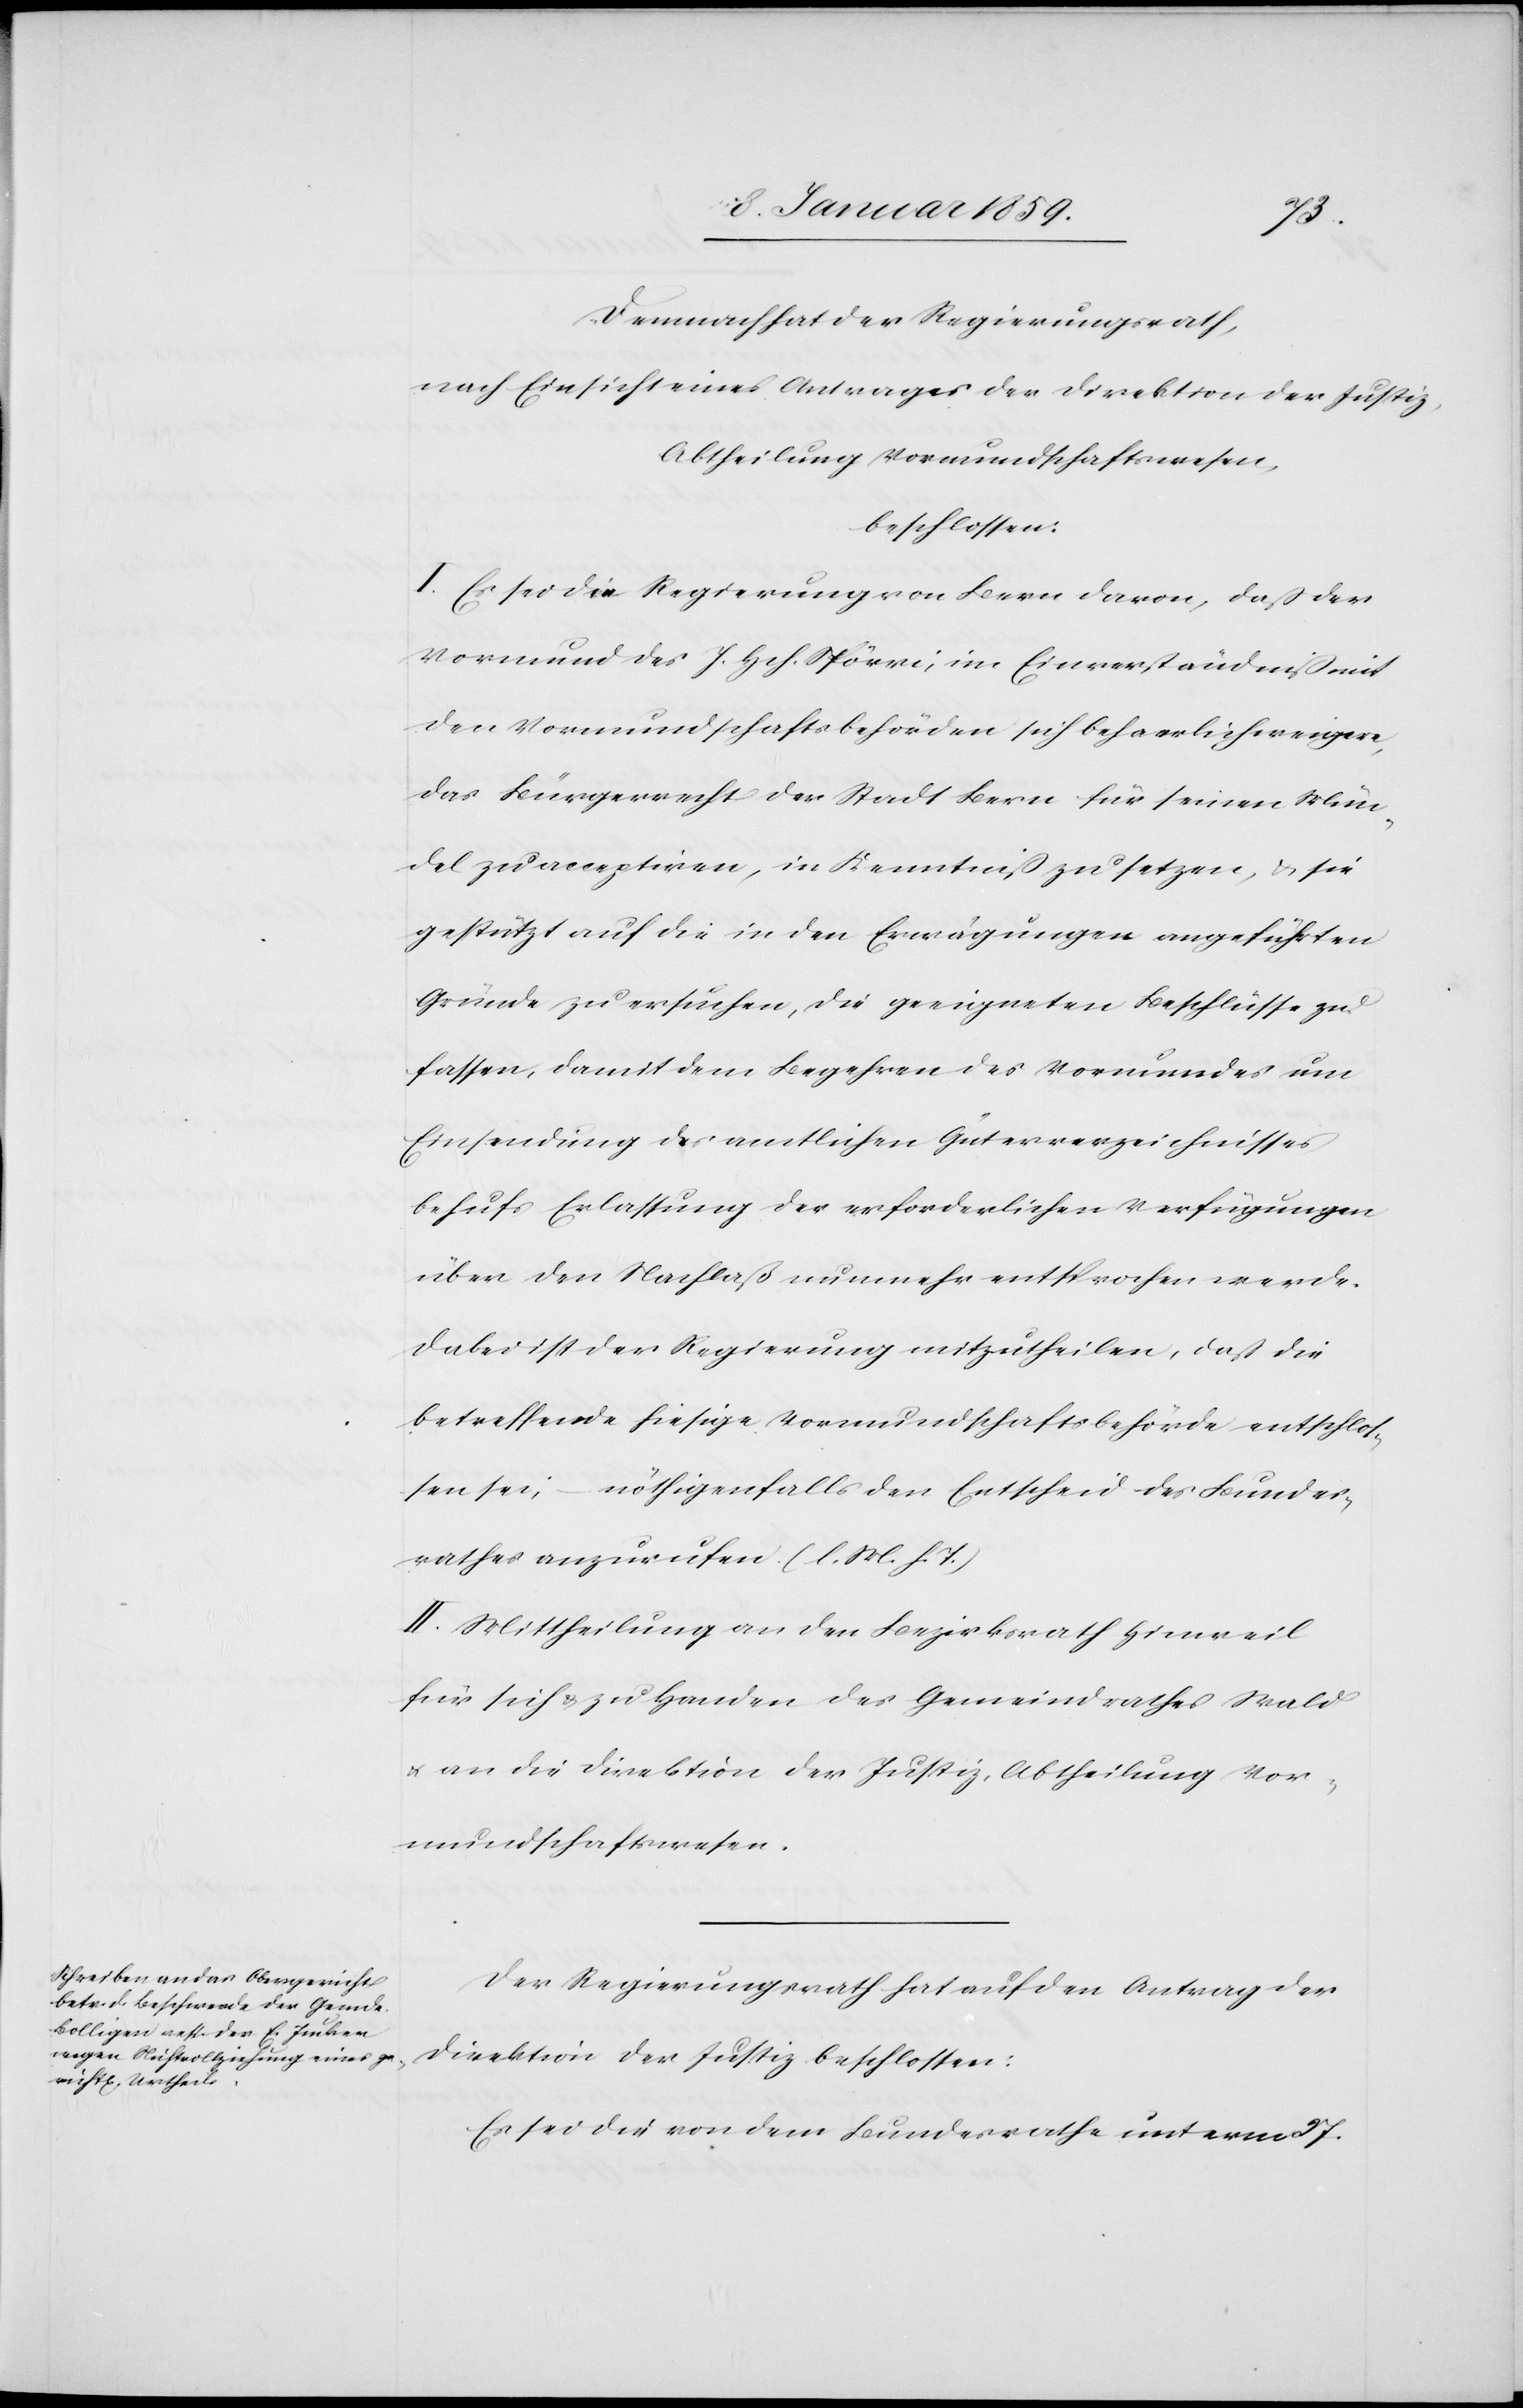
Demnach hat der Regierungsrath,
nach Einsicht eines Antrages der Direktion der Justiz,
Abtheilung Vormundschaftswesen,
beschlossen:
I. Es sei die Regierung von Bern davon, daß der
Vormund des J. Hch. Spörri, im Einverständniß mit
den Vormundschaftsbehörden sich beharrlich weigere,
das Bürgerrecht der Stadt Bern für seinen Mün¬
del zu acceptiren, in Kenntniß zu setzen, & sei
gestützt auf die in den Erwägungen angeführten
Gründe zu ersuchen, die geeigneten Beschlüsse zu
fassen, damit dem Begehren des Vormundes um
Einsendung des amtlichen Güterverzeichnisses
behufs Erlassung der erforderlichen Verfügungen
über den Nachlaß nunmehr entsprochen werde.
Dabei ist der Regierung mitzutheilen, daß die
betreffende hiesige Vormundschaftsbehörde entschlos¬
sen sei, nöthigenfalls den Entscheid des Bundes¬
rathes anzurufen. (l. M. h. T.)
II. Mittheilung an den Bezirksrath Hinweil
für sich & zu Handen des Gemeinderathes Wald
u. an die Direktion der Justiz, Abtheilung Vor¬
mundschaftswesen.
Der Regierungsrath hat auf den Antrag der
Direktion der Justiz beschlossen:
Es sei die von dem Bundesrathe unterm 27.